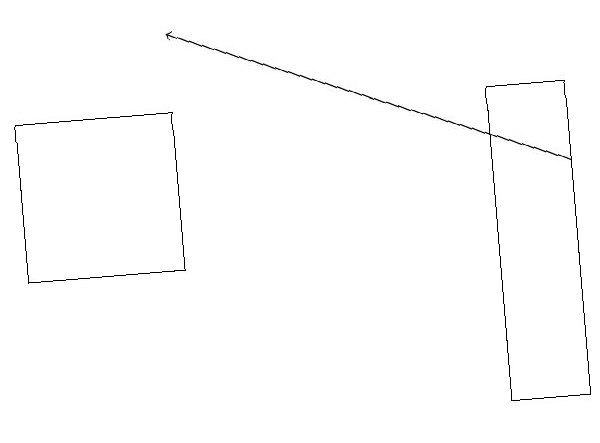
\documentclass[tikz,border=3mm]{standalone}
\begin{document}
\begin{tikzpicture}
\draw (8,17) rectangle (9,13);
\draw (4,17) rectangle (2,15);
\draw[->] (9,16) -- (4,18);
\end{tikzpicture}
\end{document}